Scottish Leaving Certificate Examination, 1961
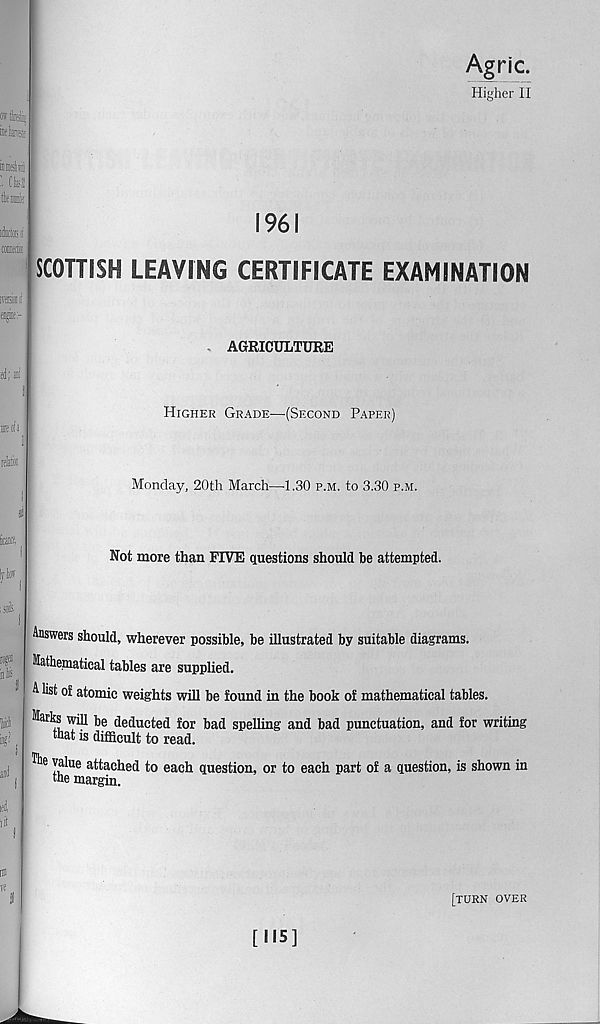
■s
»b®
MfSlli
I Cfcl
■ati!
ifffiiiil
ei®:-
Agric.
Higher II
1961
SCOTTISH LEAVING CERTIFICATE EXAMINATION
AGRICULTURE
Higher Grade—(Second Paper)
Monday, 20th March—-1.30 p.m. to 3.30 p.m.
Not more than FIVE questions should be attempted.
Answers should, wherever possible, be illustrated by suitable diagrams.
Mathematical tables are supplied.
A list of atomic weights will be found in the book of mathematical tables.
be deducted for bad spelling and bad punctuation, and for writing
that is difficult to read.
value attached to each question, or to each part of a question, is shown in
the margin.
[turn over
[115]